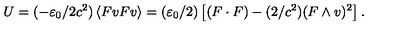
U = ( - \varepsilon _ { 0 } / 2 c ^ { 2 } ) \left\langle F v F v \right\rangle = ( \varepsilon _ { 0 } / 2 ) \left[ ( F \cdot F ) - ( 2 / c ^ { 2 } ) ( F \wedge v ) ^ { 2 } \right] .